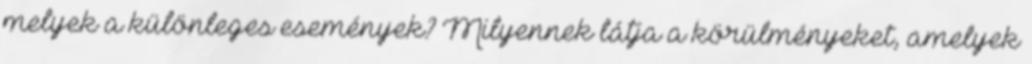
melyek a különleges események? Milyennek látja a körülményeket, amelyek